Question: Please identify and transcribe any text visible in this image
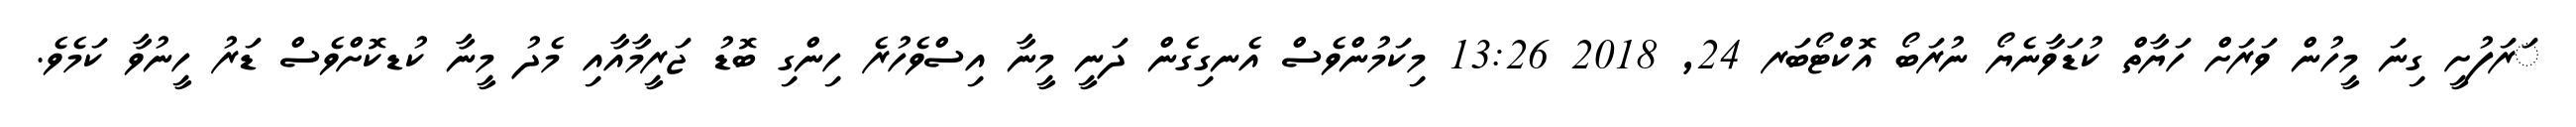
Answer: ަރަފުށީ ގިނަ މީހުން ވަރަށް ހަޔާތް ކުޑަވާނެޔޯ ނުރަބޯ އޮކްޓޯބަރ 24, 2018 13:26 މިކަމުންވެސް އެނގިގެން ދަނީ މީނާ އިސްވެހުރެ ހިންގި ބޮޑު ޖަރީމާއާއި މެދު މީނާ ކުޑކޮށްވެސް ޑަރު ހީނުވާ ކަމެވެ.